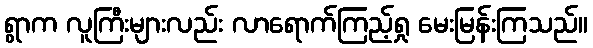
ရွာက လူကြီးများလည်း လာရောက်ကြည့်ရှု မေးမြန်းကြသည်။